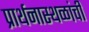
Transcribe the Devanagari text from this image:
प्रार्थनास्थळांची